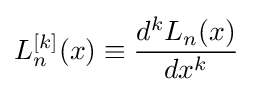
L_{n}^{[k]}(x)\equiv {\frac {d^{k}L_{n}(x)}{dx^{k}}}